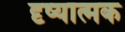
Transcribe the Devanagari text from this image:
दृष्यात्मक